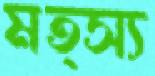
মত্স্য